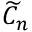
{ \widetilde { C } } _ { n }